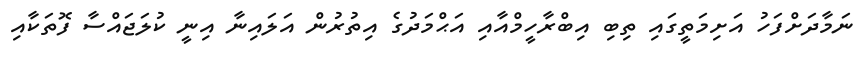
ނަމާދަށްފަހު އަށިމަތީގައި ތިބި އިބްރާހީމްއާއި އަޙްމަދުގެ އިތުރުން އަލައިނާ އިނީ ކުލަޖައްސާ ފޮތަކާއި